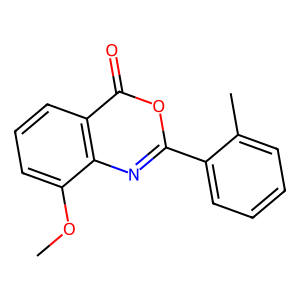
SMILES: COc1cccc2c(=O)oc(-c3ccccc3C)nc12
Inhibits HIV replication: No